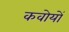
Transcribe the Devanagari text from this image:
कवोयों